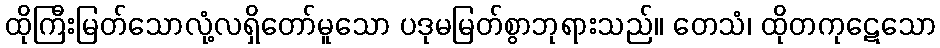
ထိုကြီးမြတ်သောလုံ့လရှိတော်မူသော ပဒုမမြတ်စွာဘုရားသည်။ တေသံ၊ ထိုတကုဋေသော